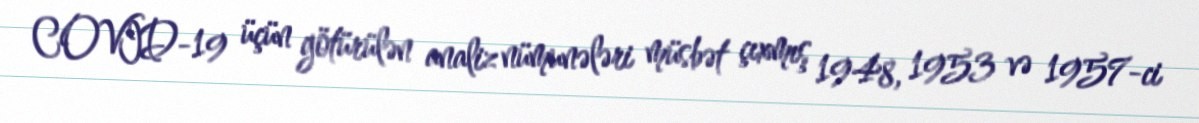
COVID-19 üçün götürülən analiz nümunələri müsbət çıxmış 1948, 1953 və 1957-ci